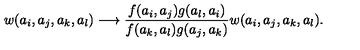
w ( a _ { i } , a _ { j } , a _ { k } , a _ { l } ) \longrightarrow \frac { f ( a _ { i } , a _ { j } ) g ( a _ { l } , a _ { i } ) } { f ( a _ { k } , a _ { l } ) g ( a _ { j } , a _ { k } ) } w ( a _ { i } , a _ { j } , a _ { k } , a _ { l } ) .